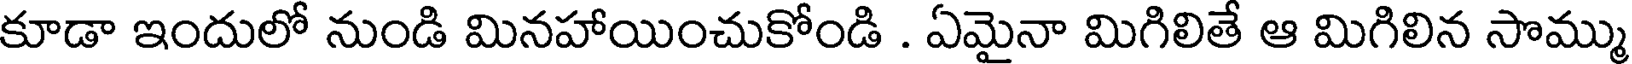
కూడా ఇందులో నుండి మినహాయించుకోండి . ఏమైనా మిగిలితే ఆ మిగిలిన సొమ్ము